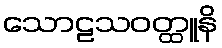
သောဠသဝတ္ထူနိ